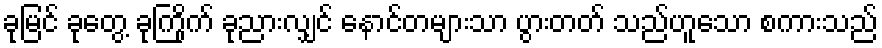
ခုမြင် ခုတွေ့ ခုကြိုက် ခုညားလျှင် နောင်တများသာ ပွားတတ် သည်ဟူသော စကားသည်